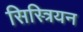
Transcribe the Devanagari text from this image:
सिस्त्रियन